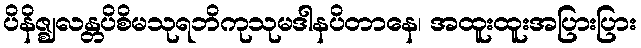
ပိနိဇ္ဈလန္တပိစိမသုရဘိကုသုမဒါနပိတာနေ၊ အထူးထူးအပြားပြား